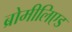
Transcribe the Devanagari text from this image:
ब्रोमीलिएड